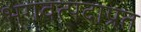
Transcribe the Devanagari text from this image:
भगवत्पदाप्रत